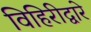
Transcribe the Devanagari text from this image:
विहिरीद्वारे